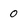
Character: 0